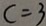
c = 3